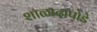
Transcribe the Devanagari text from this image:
शाळादापोडे